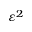
\varepsilon ^ { 2 }